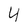
Character: 4